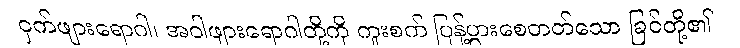
ငှက်ဖျားရောဂါ၊ အဝါဖျားရောဂါတို့ကို ကူးစက် ပြန့်ပွားစေတတ်သော ခြင်တို့၏